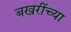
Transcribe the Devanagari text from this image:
बखरींच्या